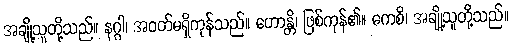
အချို့သူတို့သည်။ နဂ္ဂါ၊ အဝတ်မရှိကုန်သည်။ ဟောန္တိ၊ ဖြစ်ကုန်၏။ ကေစိ၊ အချို့သူတို့သည်။